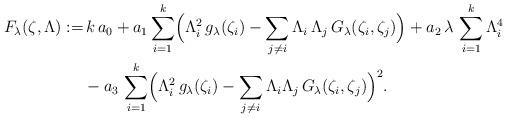
LaTeX: \begin{align*}F_{\lambda}(\zeta,\Lambda):=&\,k\,a_0+a_1\sum_{i=1}^k\Bigl(\Lambda_i^2\,g_{\lambda}(\zeta_i)-\sum_{j\neq i}\Lambda_i\,\Lambda_j\,G_{\lambda}(\zeta_i,\zeta_j)\Bigr)+a_2\,\lambda\,\sum_{i=1}^k \Lambda_i^4\\&-a_3\,\sum_{i=1}^k\Bigl(\Lambda_i^2\,g_{\lambda}(\zeta_i)-\sum_{j\neq i}\Lambda_i \Lambda_j\,G_{\lambda}(\zeta_i,\zeta_j)\Bigr)^2.\end{align*}